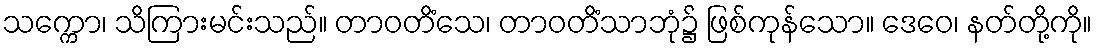
သက္ကော၊ သိကြားမင်းသည်။ တာဝတိံသေ၊ တာဝတိံသာဘုံ၌ ဖြစ်ကုန်သော။ ဒေဝေ၊ နတ်တို့ကို။